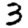
Digit: 3